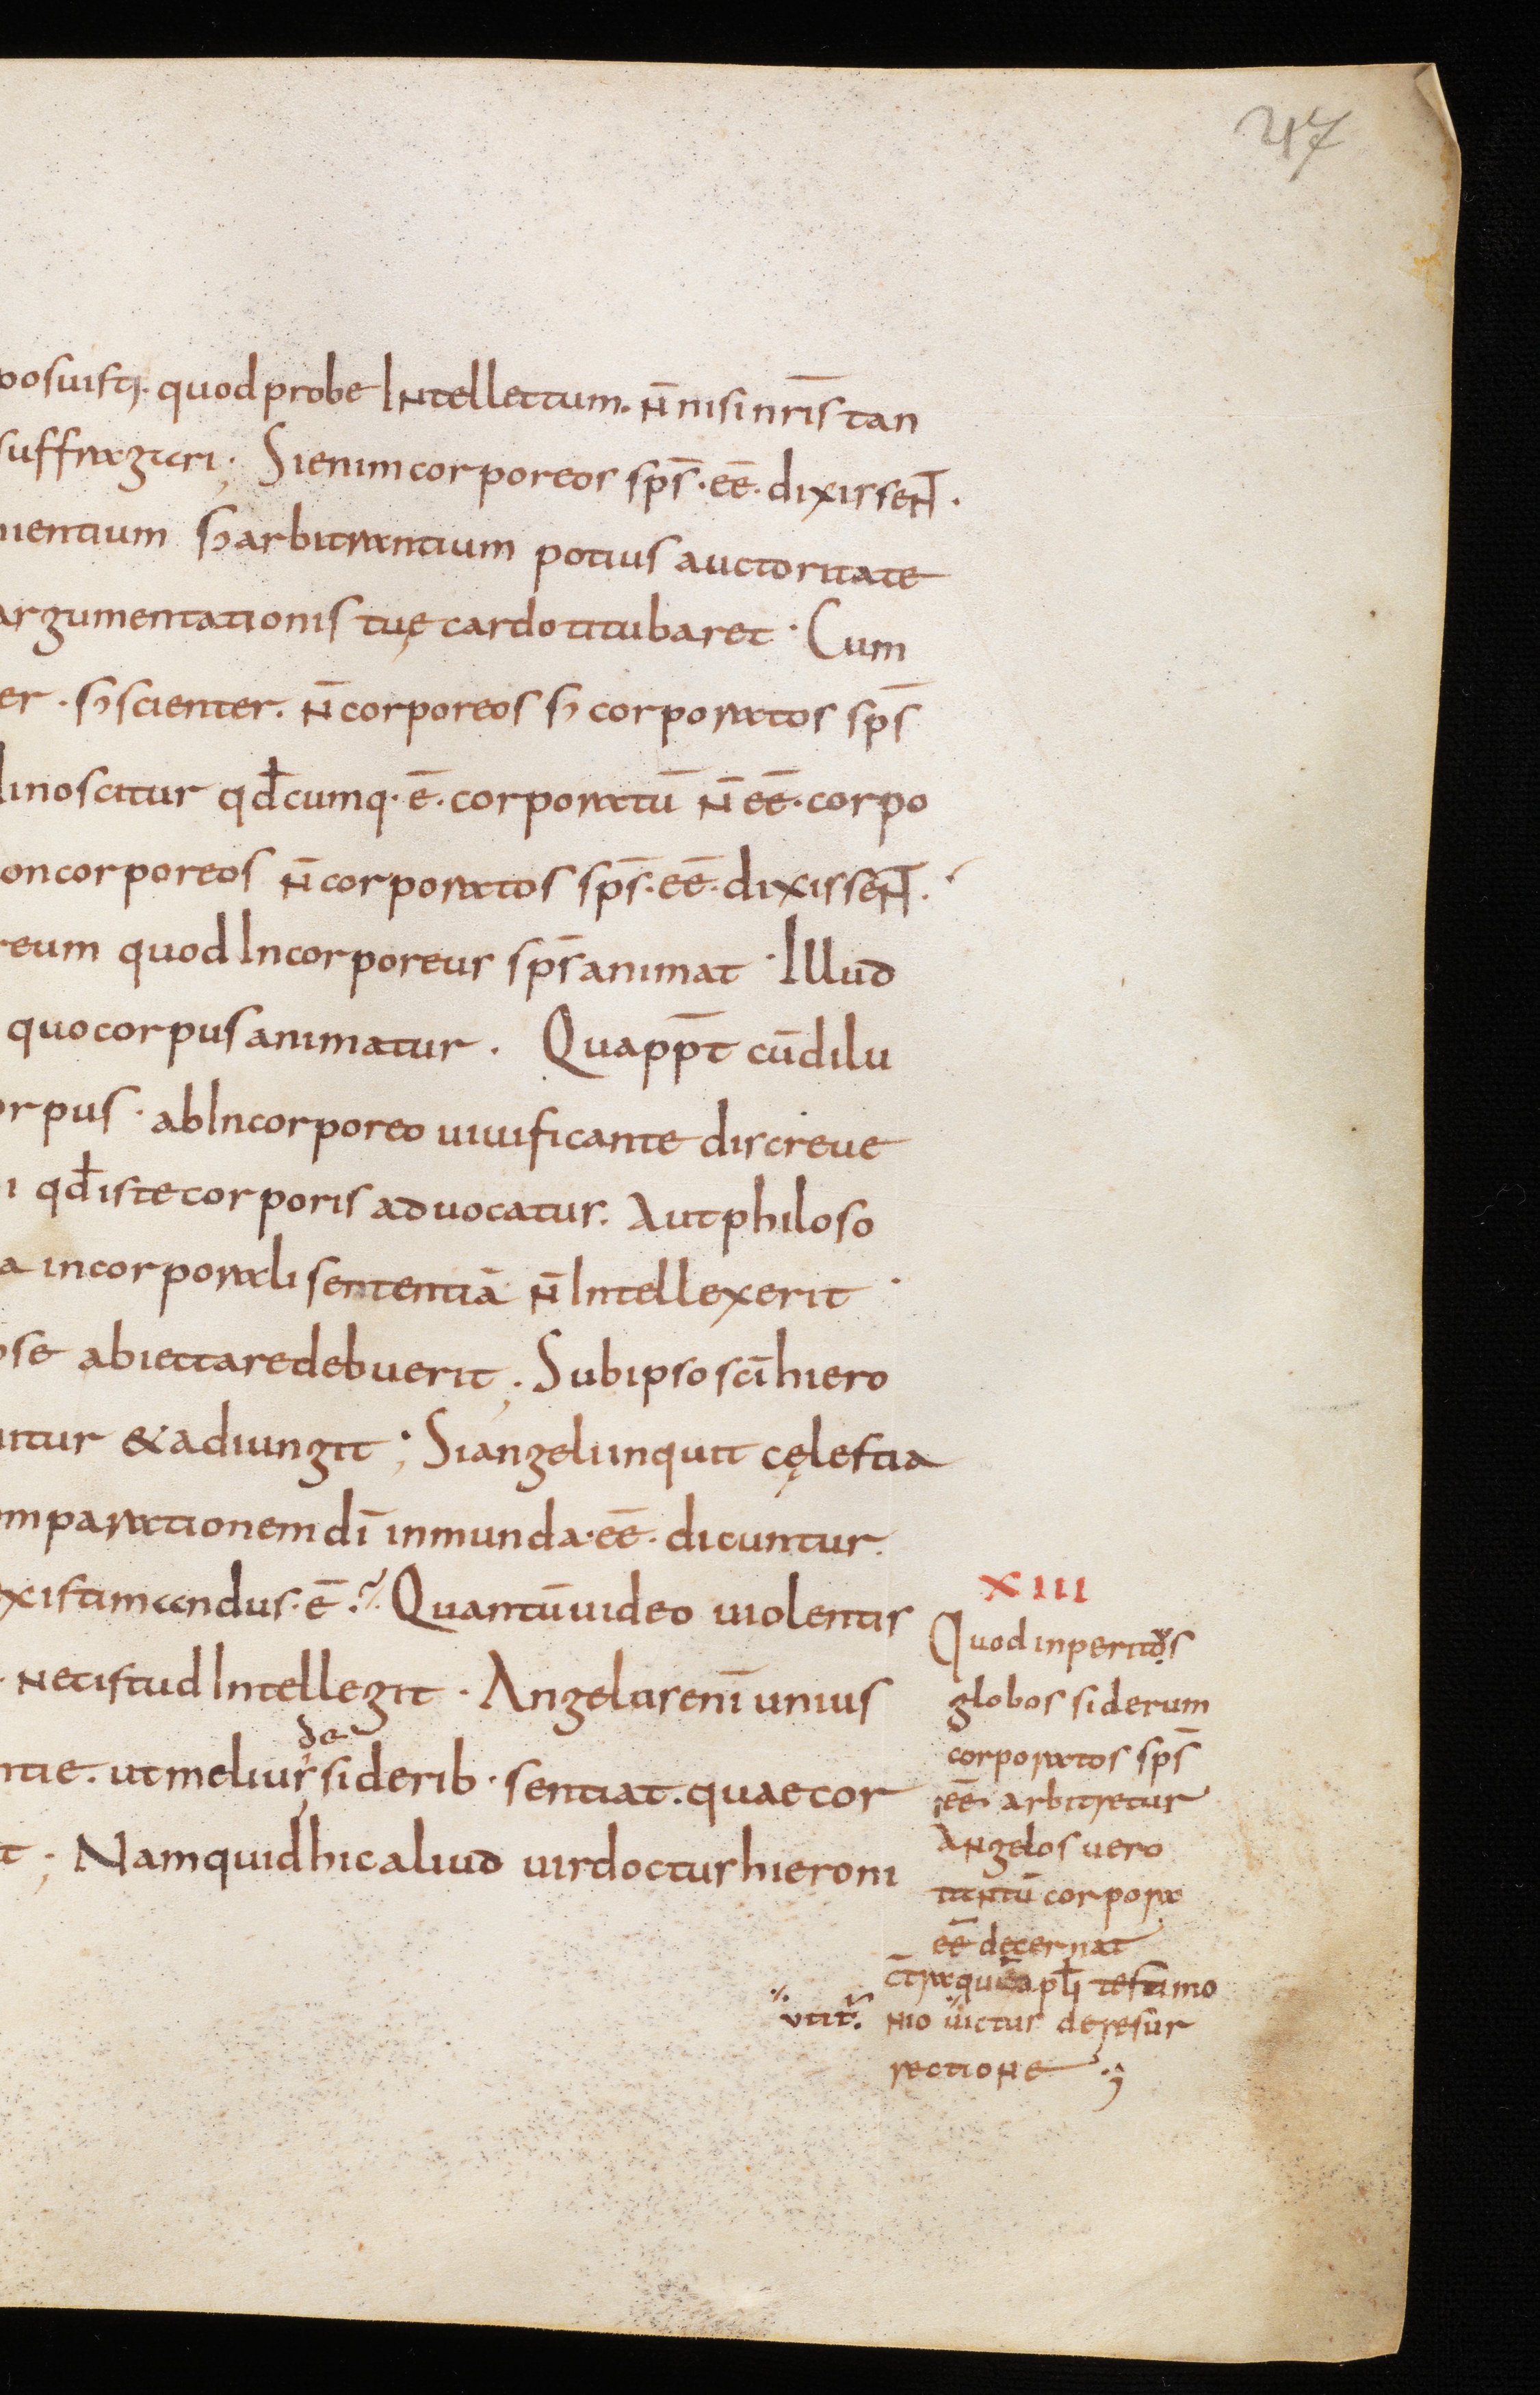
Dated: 850–874